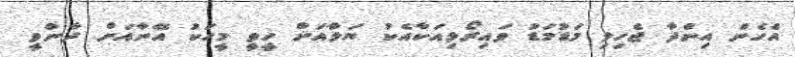
އެހެން އިންދާ ޖެހިލި މަޑުމަޑު ވައިރޯޅިއަކާއެކު ޔަލާއަށް ހީވީ މީހަކު އޭނާއަށް ދާންވީ